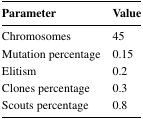
| Parameter | Value |
 | --- | --- |
 | Chromosomes | 45 |
 | Mutation percentage | 0.15 |
 | Elitism | 0.2 |
 | Clones percentage | 0.3 |
 | Scouts percentage | 0.8 |